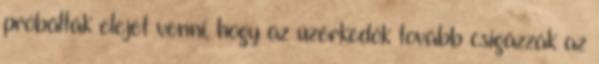
próbálták elejét venni, hogy az üzérkedők tovább csigázzák az